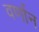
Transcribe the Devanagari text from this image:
वर्णान